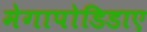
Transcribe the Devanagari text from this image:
मेगापोडिडाए